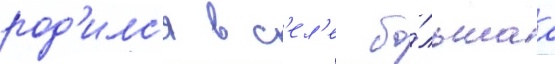
род'илс'я в с'ел'е бо́льшаа